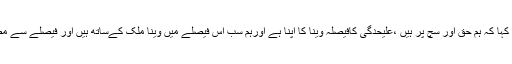
انہوں نے کہا کہ ہم حق اور سچ پر ہیں ،علیحدگی کافیصلہ وینا کا اپنا ہے اورہم سب اس فیصلے میں وینا ملک کےساتھ ہیں اور فیصلے سے مطمئن ہیں۔